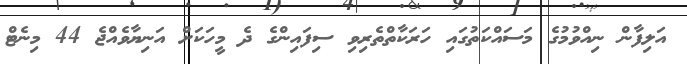
އަލިފާން ނިއްވުމުގެ މަސައްކަތުގައި ހަރަކާތްތެރިވި ސިފައިންގެ ދެ މީހަކަށް އަނިޔާވެއްޖެ 44 މިނެޓް